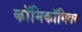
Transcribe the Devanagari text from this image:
काॅमिकॉमिक्स